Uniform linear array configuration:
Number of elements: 48
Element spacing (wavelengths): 0.5
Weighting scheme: binomial
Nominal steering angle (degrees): -30
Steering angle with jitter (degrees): -28.111
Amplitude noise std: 0.05
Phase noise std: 0.05

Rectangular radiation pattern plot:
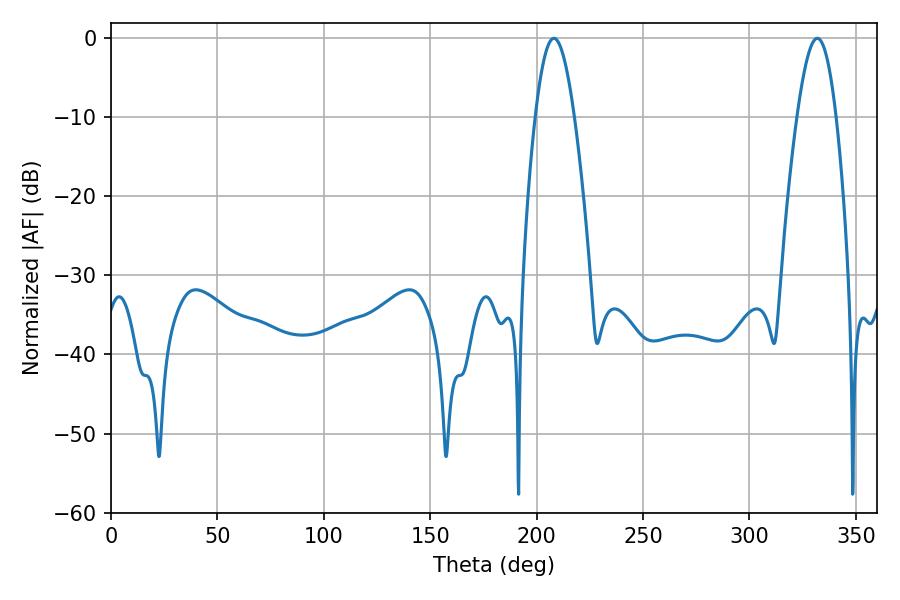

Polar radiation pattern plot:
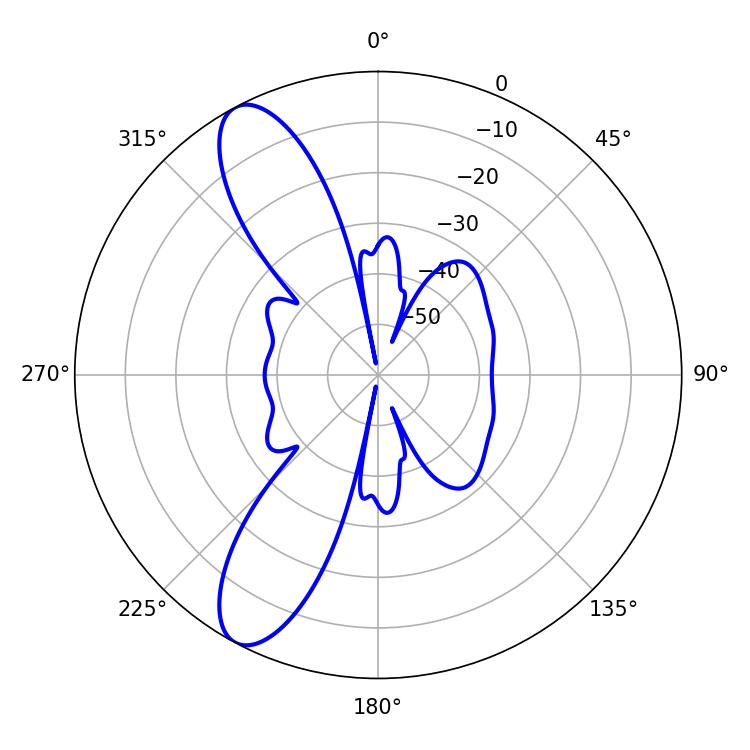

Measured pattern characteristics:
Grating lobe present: FALSE
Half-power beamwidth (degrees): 9.9
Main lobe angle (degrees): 208.08